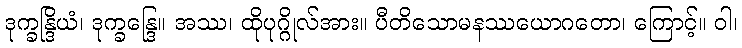
ဒုက္ခန္ဒြိယံ၊ ဒုက္ခန္ဒြေ။ အဿ၊ ထိုပုဂ္ဂိုလ်အား။ ပီတိသောမနဿယောဂတော၊ ကြောင့်။ ဝါ၊